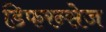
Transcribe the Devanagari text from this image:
डिफरन्सेज